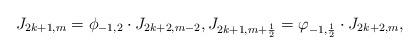
LaTeX: \begin{align*}J_{2k+1,m}=\phi_{-1,2}\cdot J_{2k+2,m-2},J_{2k+1,m+\frac{1}{2}}=\varphi_{-1,\frac{1}{2}}\cdot J_{2k+2,m},\end{align*}